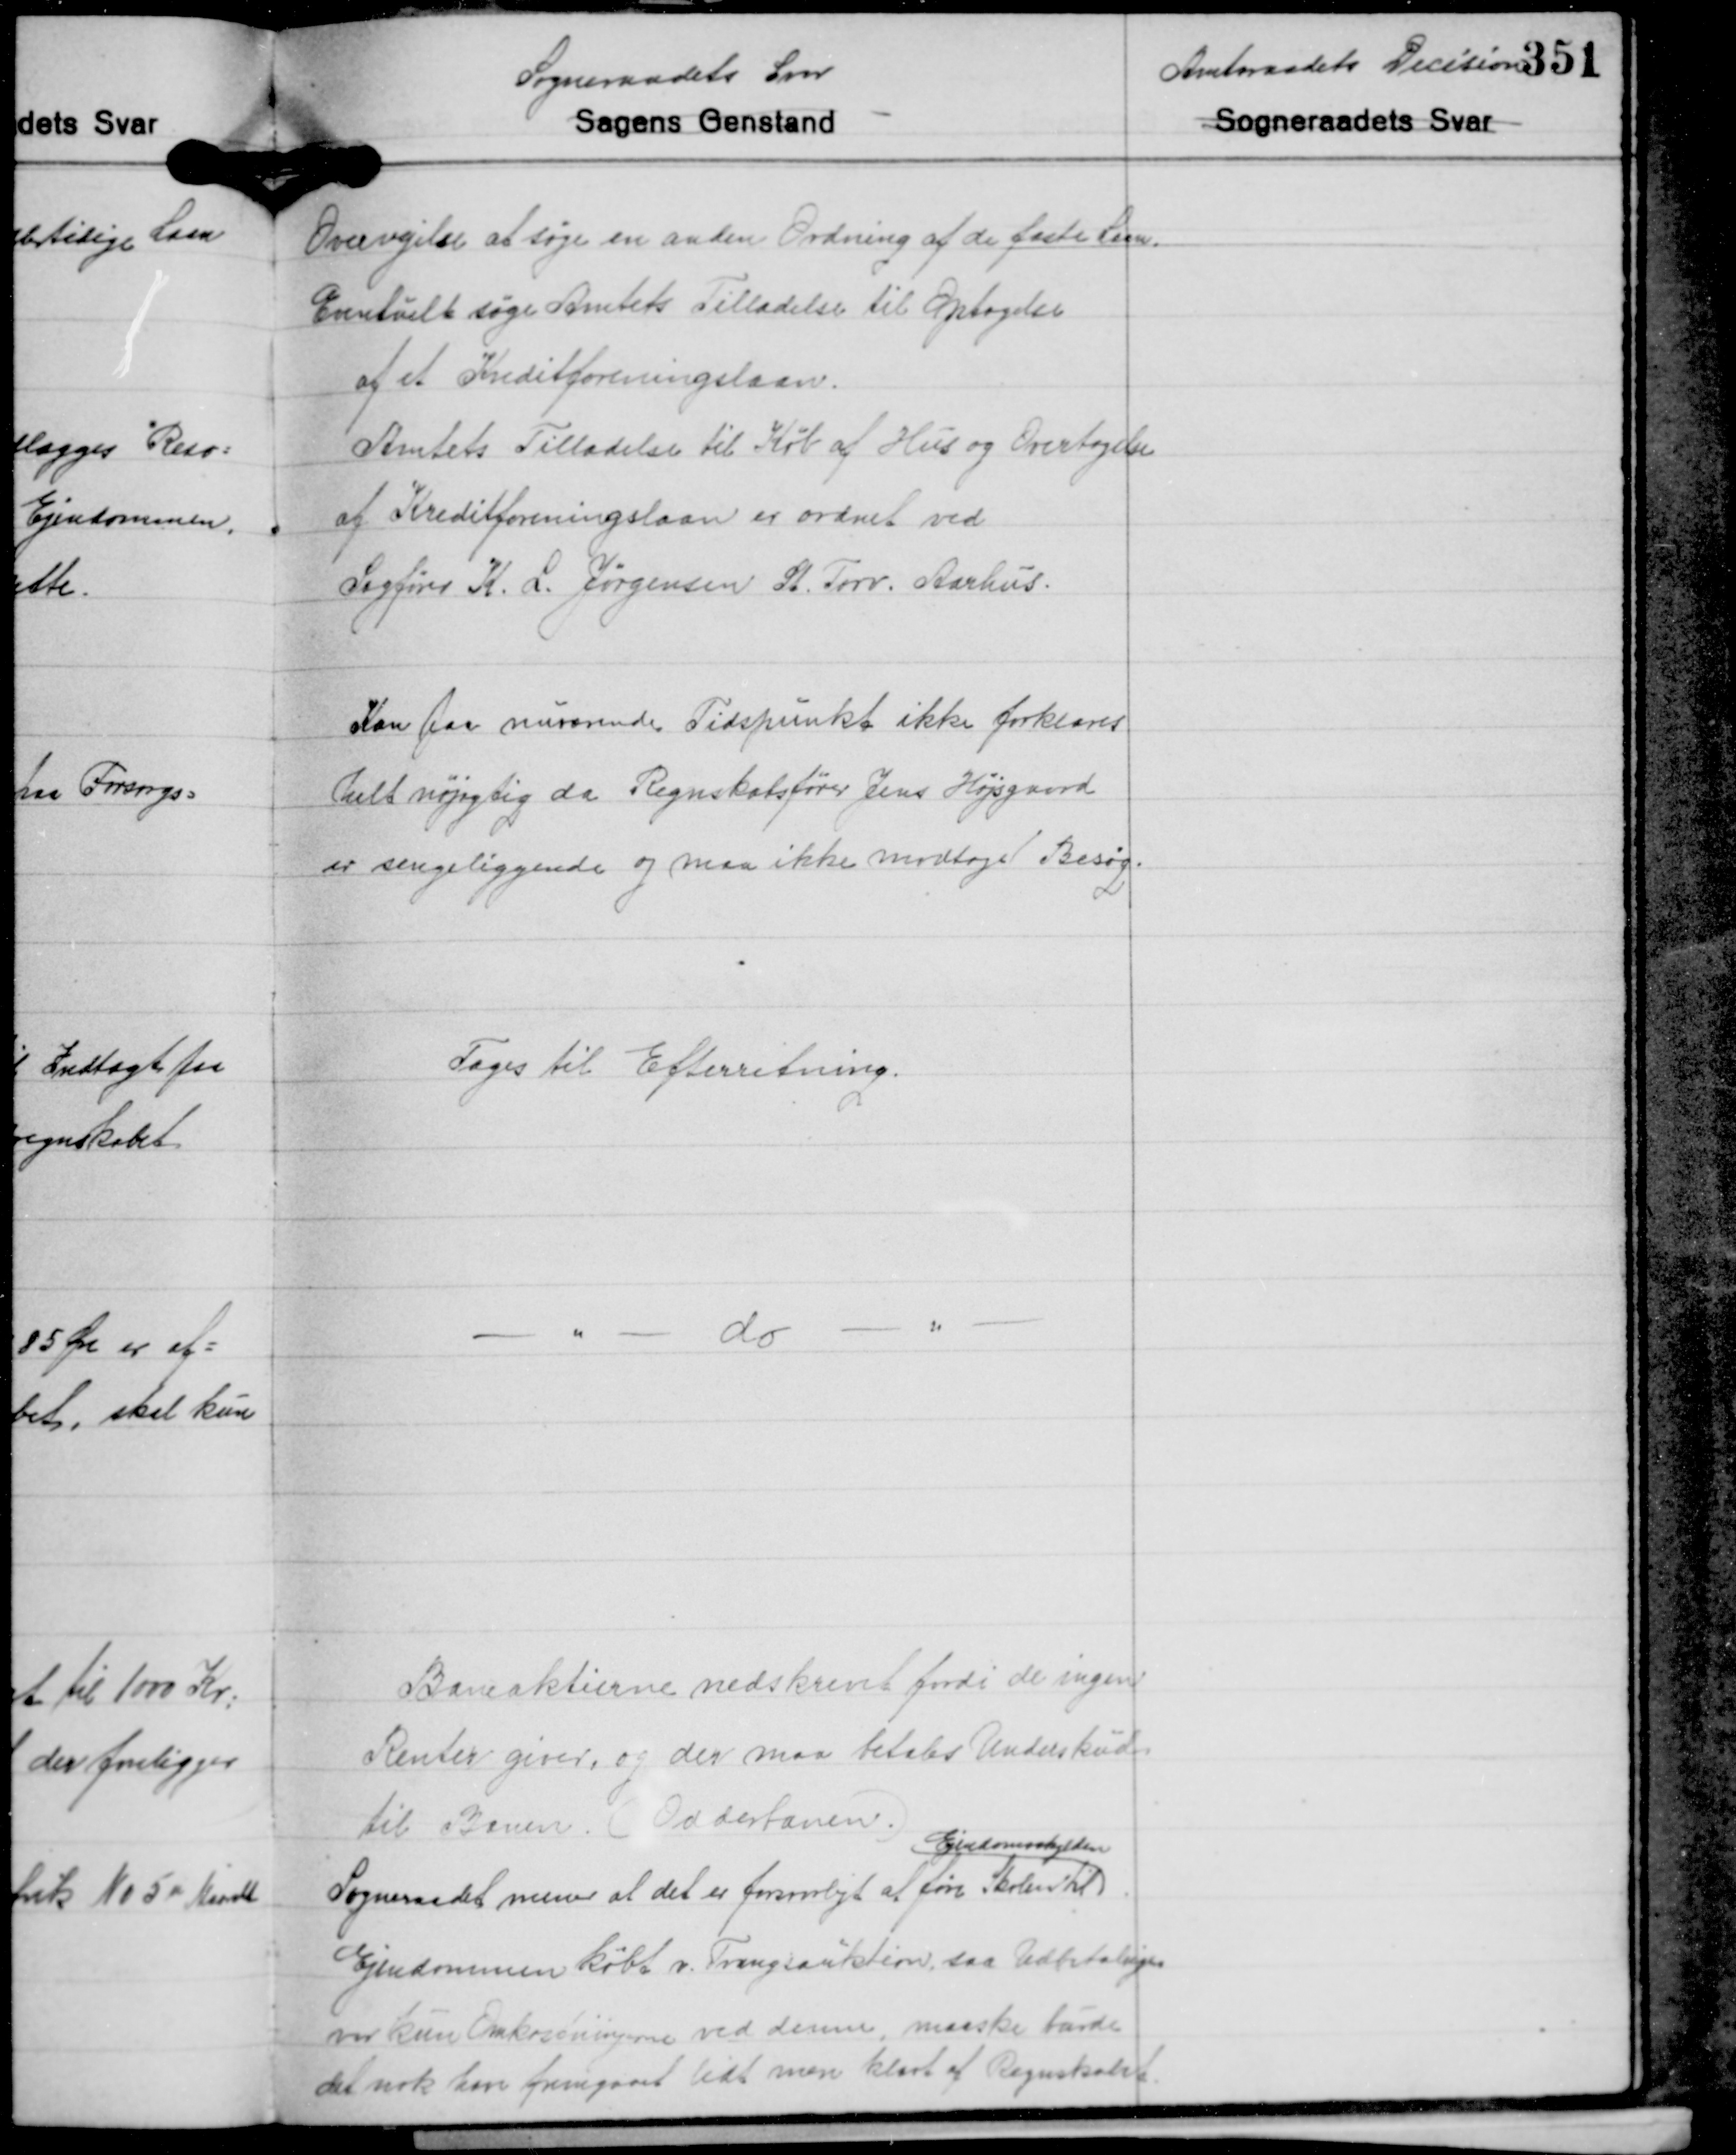
Transskription:
Overvejelse at søge en anden Ordning af de faste Laan.
Eentuelt søge Amtets Tilladelse til Optagelse
af et Kreditforeningslaan.
Amtets Tilladelse til Køb af Hus og Overtagelse
af Kreditforeningslaan er ordnet ved
Sagfører K. L. Jørgensen St. Torv. Aarhus.

Kan paa nuværende Tidspunkt ikke forklares
helt nøjagtig da Regnskabsfører Jens Højsgaard
er sengeliggende og maa ikke modtage Besøg.

Tages til Efterretning.

- " - do -"-

Baneaktierne nedskrevet fordi de ingen
Renter giver, og der maa betales Underskud
til Banen. (Odderbanen.)
Ejendomsskylden
Sogneraadet mener at det er forsvarligt at føre Skolen til
Ejendommen købt v. Tvangsauktion, saa Udbetalingen
var kun Omkostningerne ved denne, maaske burde
det nok have fremgaaet lidt men klart af Regnskabt.